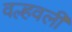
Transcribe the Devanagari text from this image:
वल्हवली